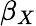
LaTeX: \beta_{X}